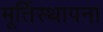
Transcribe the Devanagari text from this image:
मूर्तिस्थापना